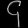
Digit: ၄